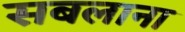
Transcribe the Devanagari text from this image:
सबलाना